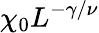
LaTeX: \chi_{0}L^{-\gamma/\nu}